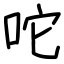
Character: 咜